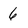
Character: 6